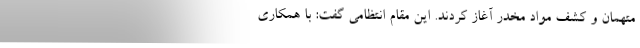
متهمان و کشف مواد مخدر آغاز کردند. این مقام انتظامی گفت: با همکاری